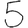
Digit: 5